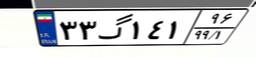
۳۳گ۱۴۱۹۶